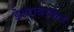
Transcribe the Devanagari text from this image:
डेल्टावेरकेन